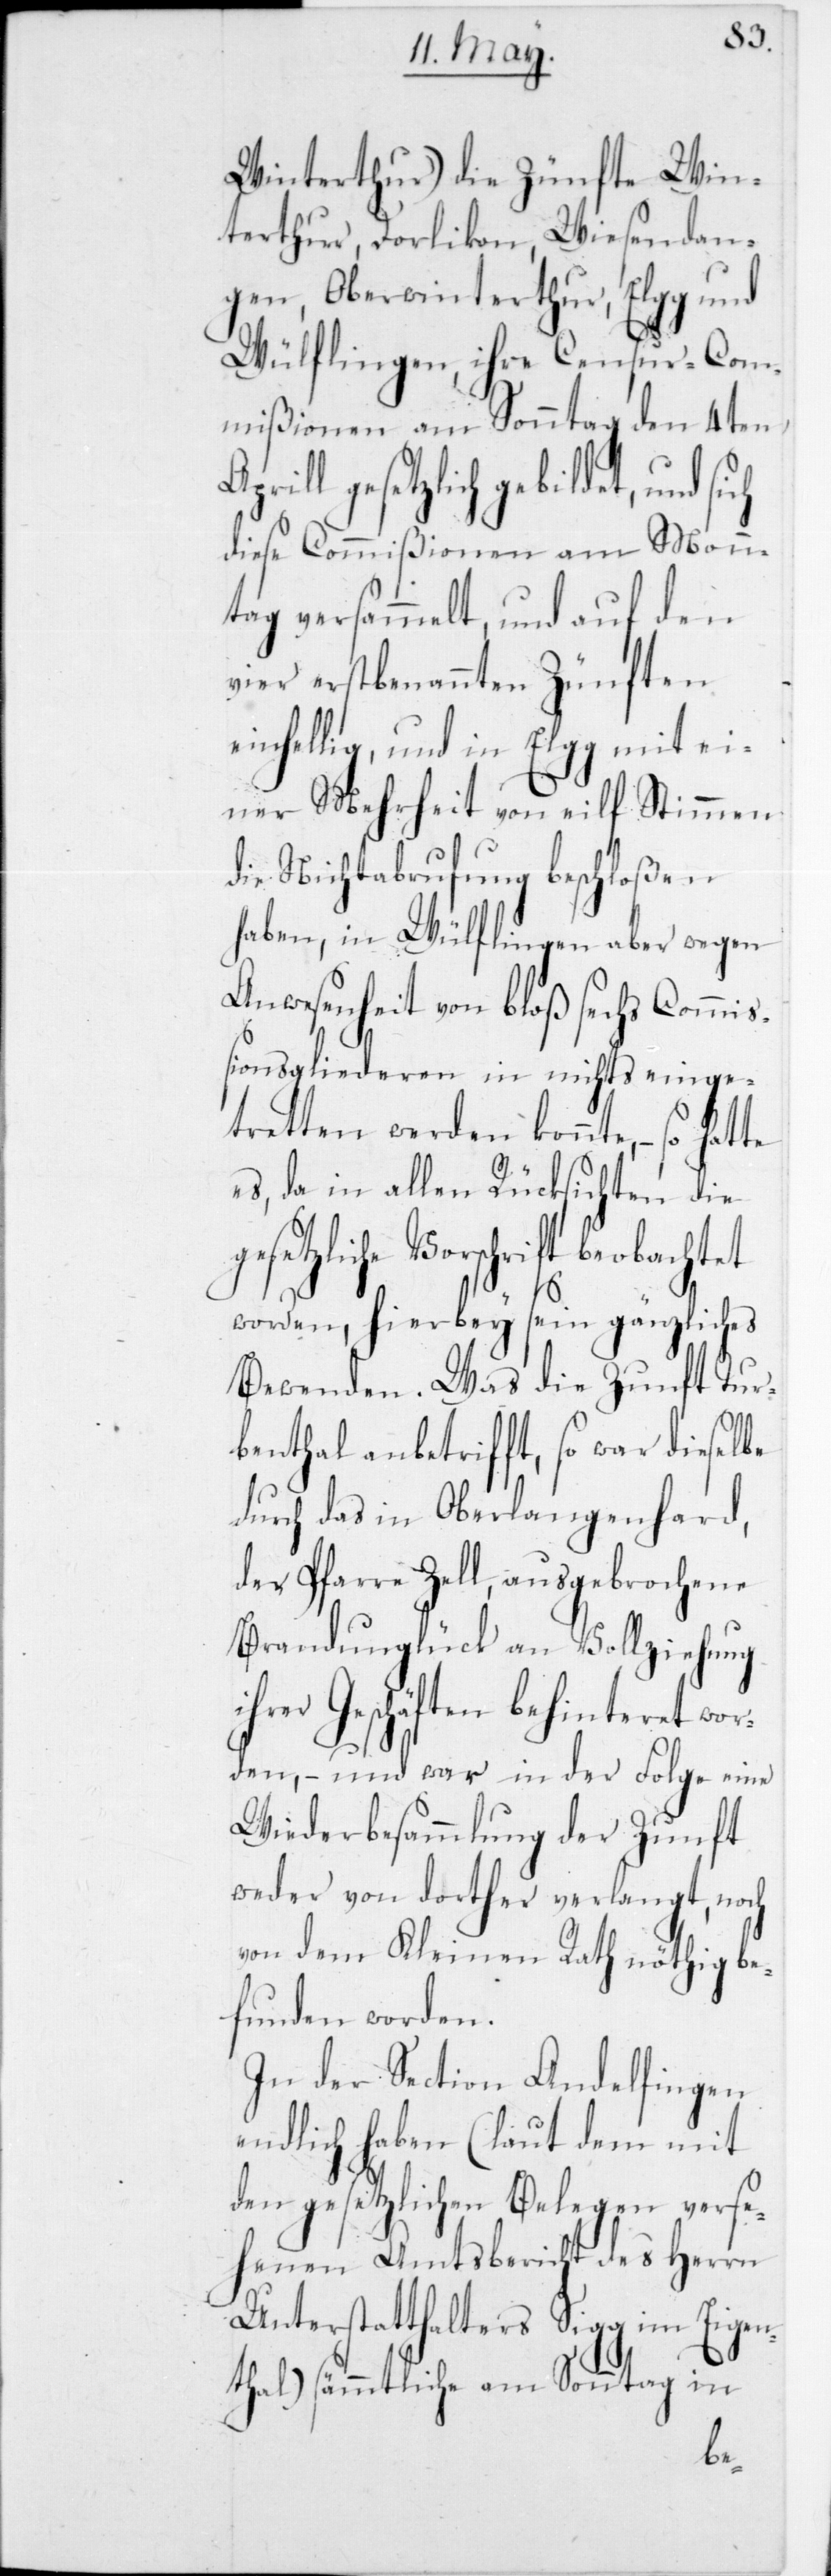
Winterthur) die Zünfte Win¬
terthur, Dorlikon, Wiesendan¬
gen, Oberwinterthur, Elgg
Wülflingen, ihre Censur-Co¬
mmißionen am Sonntag den 4ten
Aprill gesetzlich gebildet, und
ge¬
diese Commißionen am
tag versammelt, und auf
vier erstbenannten Zün¬
einhellig, und in Elgg mit
einer Mehrheit von
die Nichtabrufung beschloßen
haben, in Wülflingen aber wegen
Anwesenheit von bloß sechs Commiß¬
ionsgliederen in nichts einge¬
tretten werden konnte, – so
es, da in allen Rücksichten die
setzliche Vorschrift beobach¬
worden, hierbey sein gänzliches
Bewenden. Was die Zunft Tur¬
benthal anbetrifft, so war dieselbe
durch das in Oberlangenhard,
der Pfarre Zell, ausgebrochene
Brandunglück an Vollziehung
ihrer Geschäften behinteret wor¬
den, – und war in der Folge eine
Wiederbesammlung der Zunft
weder von dorther verlangt, noch
von dem Kleinen Rath nöthig be¬
funden worden.
In der Section Andelfingen
endlich haben (laut dem mit
den gesetzlichen Belegen verse¬
henen Amtsbericht des Herrn
Unterstatthalters Sigg im Eigen¬
thal) sämmtliche am Sonntag in

tet